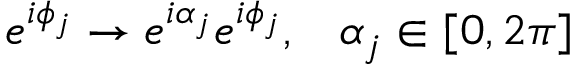
e ^ { i \phi _ { j } } \to e ^ { i \alpha _ { j } } e ^ { i \phi _ { j } } , \; \; \; \alpha _ { j } \in [ 0 , 2 \pi ]